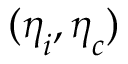
( \boldsymbol { \eta } _ { \boldsymbol { i } } , \boldsymbol { \eta } _ { \boldsymbol { c } } )